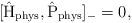
LaTeX: \begin{align*}[\hat{\rm H}_{\rm phys}, \hat{\rm P}_{\rm phys}]_{-} = 0, \\\end{align*}